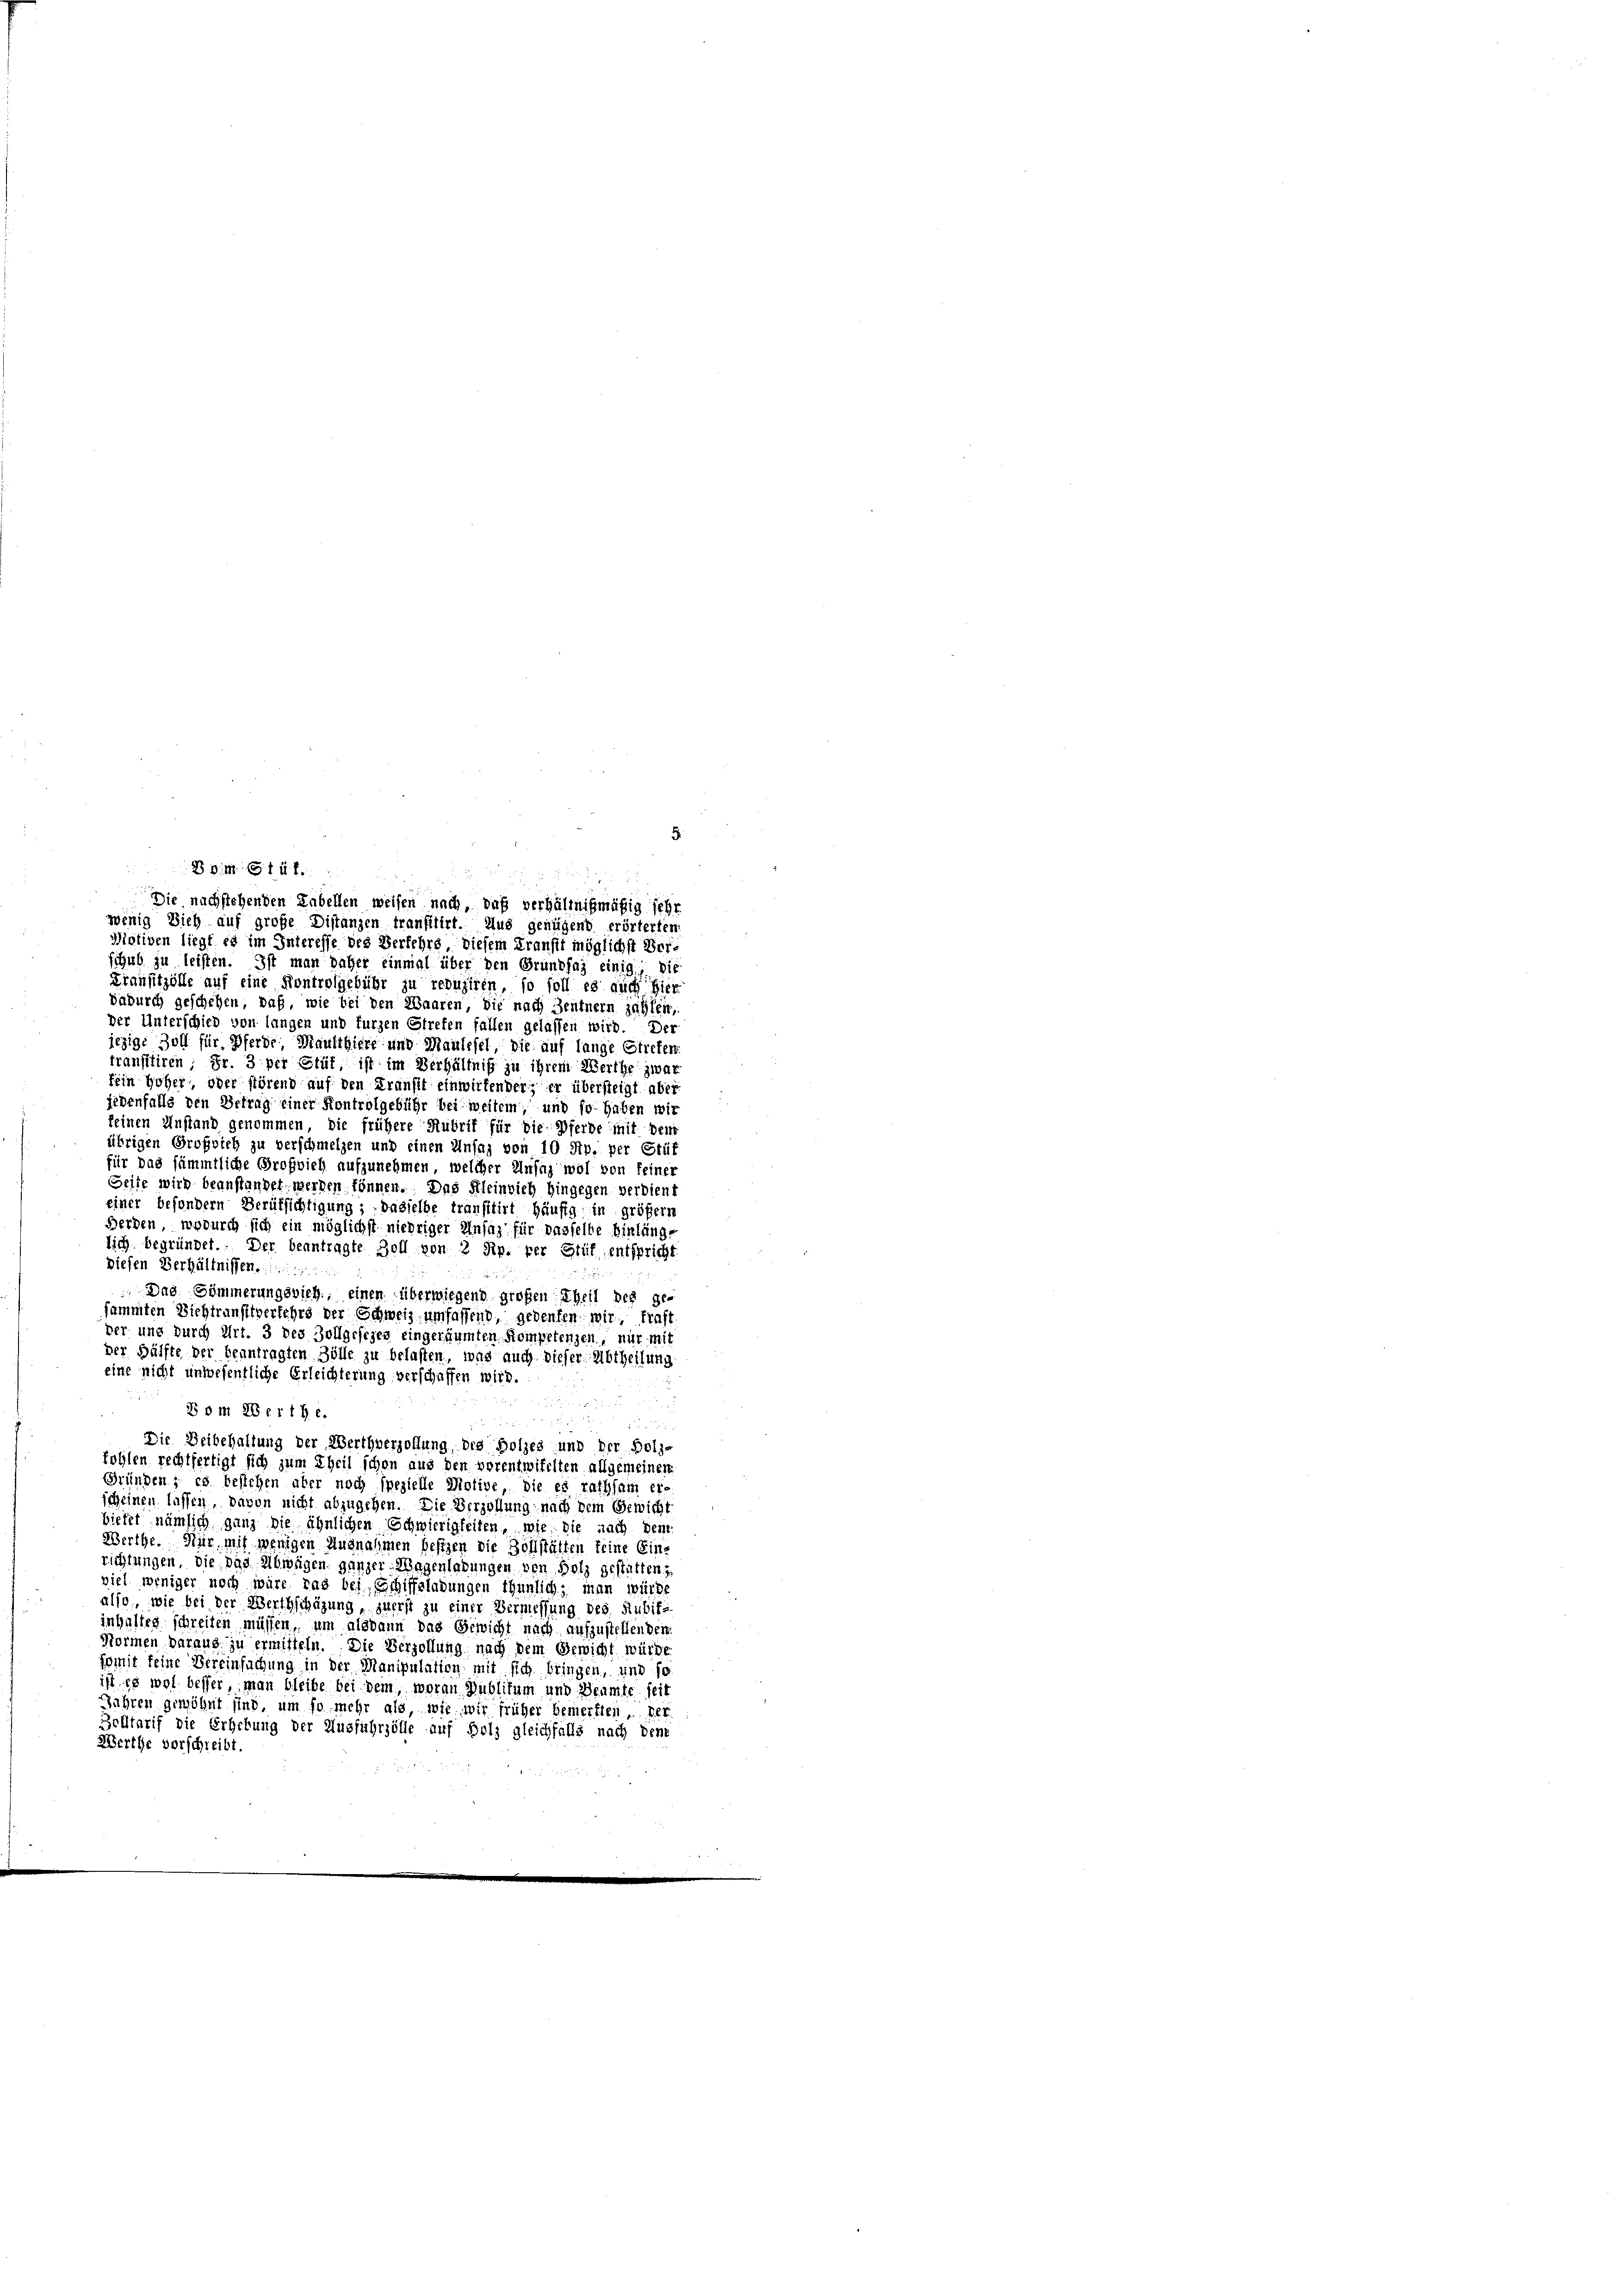
88. 614 f
Die nachstehenden Labellen weisen nach, daß verhältnißmäßig sehr
wenig Dich auf große Distanzen tranfitirt. Aus genügend erörterten
Motiven liegt es im Interesse des Verkehrs, diesem Fransit möglichst Vor-
schub zu leisten. Ist man daher einmal über den Grundfay einig, bis
Transitzölle auf eine Kontrolgebühr zu reduziren, so soll es auch hier
dadurch geschehen, daß, wie bei den Waaren, die nach Zentnern zählen,
der Unterschied von langen und furzen Strefen fallen gelassen wird. Der
jezige Zoll für Pferde Maulthiere und Maulefel, die auf lange Streter
transttiren; Fr. 3 per Stüt, ist im Verhältniß zu ihrem Werthe zwar
fein Hoher, oder störend auf den Transit einwirtender; er übersteigt aber
jedenfalls den Betrag einer Kontrolgebühr bei weitem, und so haben wir
keinen Anstand genommen, die frühere Rubrif für die Pferde mit dem
übrigen Großvieh zu verschmelzen und einen Unsaz von 10 Stp. per Stüf
für das sämmtliche Großvieh aufzunehmen, welcher Unfug wol von feiner
Seite wird beanstandet werden können. Das Kleinvieh hingegen verdient
einer besondern Berufsichtigung; dasselbe transitirt häufig in größern
werden, wodurch sich ein möglichst niedriger Unfaz für dasselbe hinlänge
lich begründet. Der beantragte Zoll von 2 Rp. per Stüf entspricht
Diesen Verhältnissen.
 Das Sömmerungsvieh, einen überwiegend großen Theil des ge-
sammten Viehtrunfftverkehrs der Schweiz umfassend, gedenken wir, Kraft
ver und durch Art. 3 des Zollgesezes eingeräumten Kompetenzen, nur mit
der Hälfte der beantragten Zölle zu belasten, was auch dieser Abtheilung
eine nicht unwesentliche Erleichterung verschaffen wird.

Bom 28 erthe.

Die Deibehaltung der Werthverzollung des Bolzes und der Bolz-
fohlen rechtfertigt sich zum Theil schon aus den vorentwifelten allgemeiner
Gründen; es bestehen aber noch spezielle Dictive, die er rathsam er-
scheinen lassen, davon nicht abzugehen. Die Verzöllung nach dem Gewicht
bietet, nämlich ganz die ähnlichen Schwierigkeiten, wie die nach den
Werthe. Nur mit wenigen Ausnahmen besizen die Zollstätten keine Einrichtungen, die das Abwägen ganzer Wagenladungen von Holz gestatten.
viel weniger noch wäre ras bei, Eschiffsladungen thunlich, man würde
also, wie bei der Werthschäzung, zuerst zu einer Vermessung des Rubifinhaltes schreiten müssen, um alsdann das Gewicht nach aufzustellenden
Normen daraug, zu ermitteln. Die Verzollung nach dem Gewicht würde
somit feine Vereinfachung in der Manipulation mit sich bringen, und so
ist es wol besser, man bleibe bei dem, woran Publikum und Beamte seit
Jahren gewöhnt sind, um so mehr als, wie wir früher bemerkten. Der
Zolltarif die Erhebung der Ausführzölle auf Holz gleichfalls nach dene
Werthe vorschreibt.

5.

.